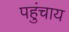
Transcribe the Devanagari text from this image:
पहुंचाय